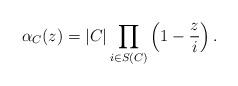
LaTeX: \begin{align*}\alpha_C(z)&=|C|\prod_{i\in S(C)}\left(1-\frac{z}{i}\right).\end{align*}